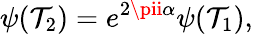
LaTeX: \psi(\mathcal{T}_{2})=e^{2\pii\alpha}\psi(\mathcal{T}_{1}),